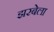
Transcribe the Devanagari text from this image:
झरबेला